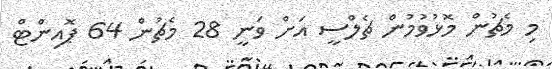
މި މެޗުން މޮޅުވުމުން ޗެލްސީ އަށް ވަނީ 28 މެޗުން 64 ޕޮއިންޓް